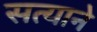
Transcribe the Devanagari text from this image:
सत्याने